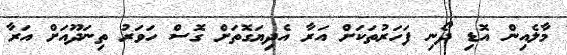
މާލެއިން އޮޑި ދޯނި ފަހަރުތަކަށް އަރާ އެދިޔަގޮތަށް ގޮސް ހަވަރު ތިނަދޫއަށް އަރާ